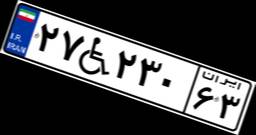
۲۷W۲۳۰۶۳